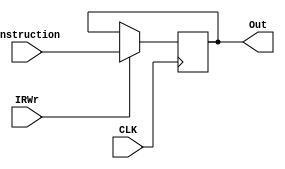
`timescale 1ns / 1ps
//////////////////////////////////////////////////////////////////////////////////
// Company: 
// Engineer: 
// 
// Design Name: 
// Module Name: Instruction_reg
// Project Name: 
// Target Devices: 
// Tool Versions: 
// Description: 
// 
// Dependencies: 
// 
// Revision:
// Revision 0.01 - File Created
// Additional Comments:
// 
//////////////////////////////////////////////////////////////////////////////////


module Instruction_reg(input [31:0]instruction, input IRWr,CLK,output reg [31:0]Out

    );

    always @(/*IRWr or instruction or negedge CLK*/ posedge CLK ) begin
            if(IRWr) begin
                Out<=instruction;
            end
            //$display(" now inst %d",Out);
    end

endmodule